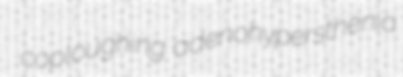
coploughing adenohypersthenia